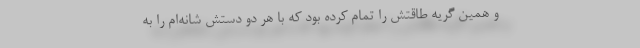
و همین گریه طاقتش را تمام کرده بود که با هر دو دستش شانه‌ام را به